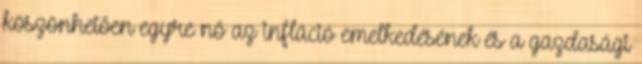
köszönhetően egyre nő az infláció emelkedésének és a gazdasági